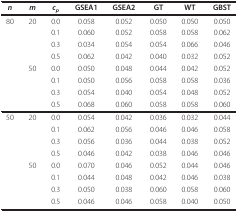
| n | m | cp | GSEA1 | GSEA2 | GT | WT | GBST |
 | --- | --- | --- | --- | --- | --- | --- | --- |
 | 80 | 20 | 0.0 | 0.058 | 0.052 | 0.050 | 0.050 | 0.050 |
 |  |  | 0.1 | 0.060 | 0.052 | 0.058 | 0.058 | 0.062 |
 |  |  | 0.3 | 0.034 | 0.054 | 0.054 | 0.066 | 0.046 |
 |  |  | 0.5 | 0.062 | 0.042 | 0.040 | 0.032 | 0.052 |
 |  | 50 | 0.0 | 0.050 | 0.048 | 0.044 | 0.042 | 0.052 |
 |  |  | 0.1 | 0.050 | 0.056 | 0.058 | 0.058 | 0.036 |
 |  |  | 0.3 | 0.054 | 0.040 | 0.054 | 0.048 | 0.052 |
 |  |  | 0.5 | 0.068 | 0.060 | 0.058 | 0.058 | 0.060 |
 | 50 | 20 | 0.0 | 0.054 | 0.042 | 0.036 | 0.032 | 0.044 |
 |  |  | 0.1 | 0.062 | 0.056 | 0.046 | 0.046 | 0.058 |
 |  |  | 0.3 | 0.056 | 0.036 | 0.044 | 0.038 | 0.052 |
 |  |  | 0.5 | 0.046 | 0.042 | 0.038 | 0.046 | 0.046 |
 |  | 50 | 0.0 | 0.070 | 0.046 | 0.052 | 0.044 | 0.046 |
 |  |  | 0.1 | 0.044 | 0.048 | 0.042 | 0.046 | 0.038 |
 |  |  | 0.3 | 0.050 | 0.038 | 0.060 | 0.058 | 0.060 |
 |  |  | 0.5 | 0.046 | 0.046 | 0.058 | 0.040 | 0.050 |